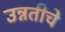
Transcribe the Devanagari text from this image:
उन्नतीचे